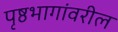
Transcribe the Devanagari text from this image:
पृष्ठभागांवरील